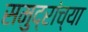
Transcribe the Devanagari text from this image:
समुद्रांच्या